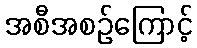
အစီအစဉ်ကြောင့်